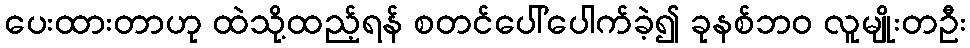
ပေးထားတာဟု ထဲသို့ထည့်ရန် စတင်ပေါ်ပေါက်ခဲ့၍ ခုနစ်ဘ၀ လူမျိုးတဦး